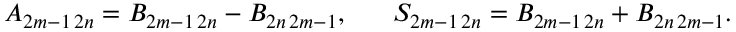
A _ { 2 m - 1 \, 2 n } = B _ { 2 m - 1 \, 2 n } - B _ { 2 n \, 2 m - 1 } , ~ ~ ~ ~ ~ S _ { 2 m - 1 \, 2 n } = B _ { 2 m - 1 \, 2 n } + B _ { 2 n \, 2 m - 1 } .